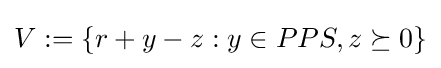
V:=\{r+y-z:y\in PPS,z\succeq 0\}